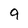
Character: 9